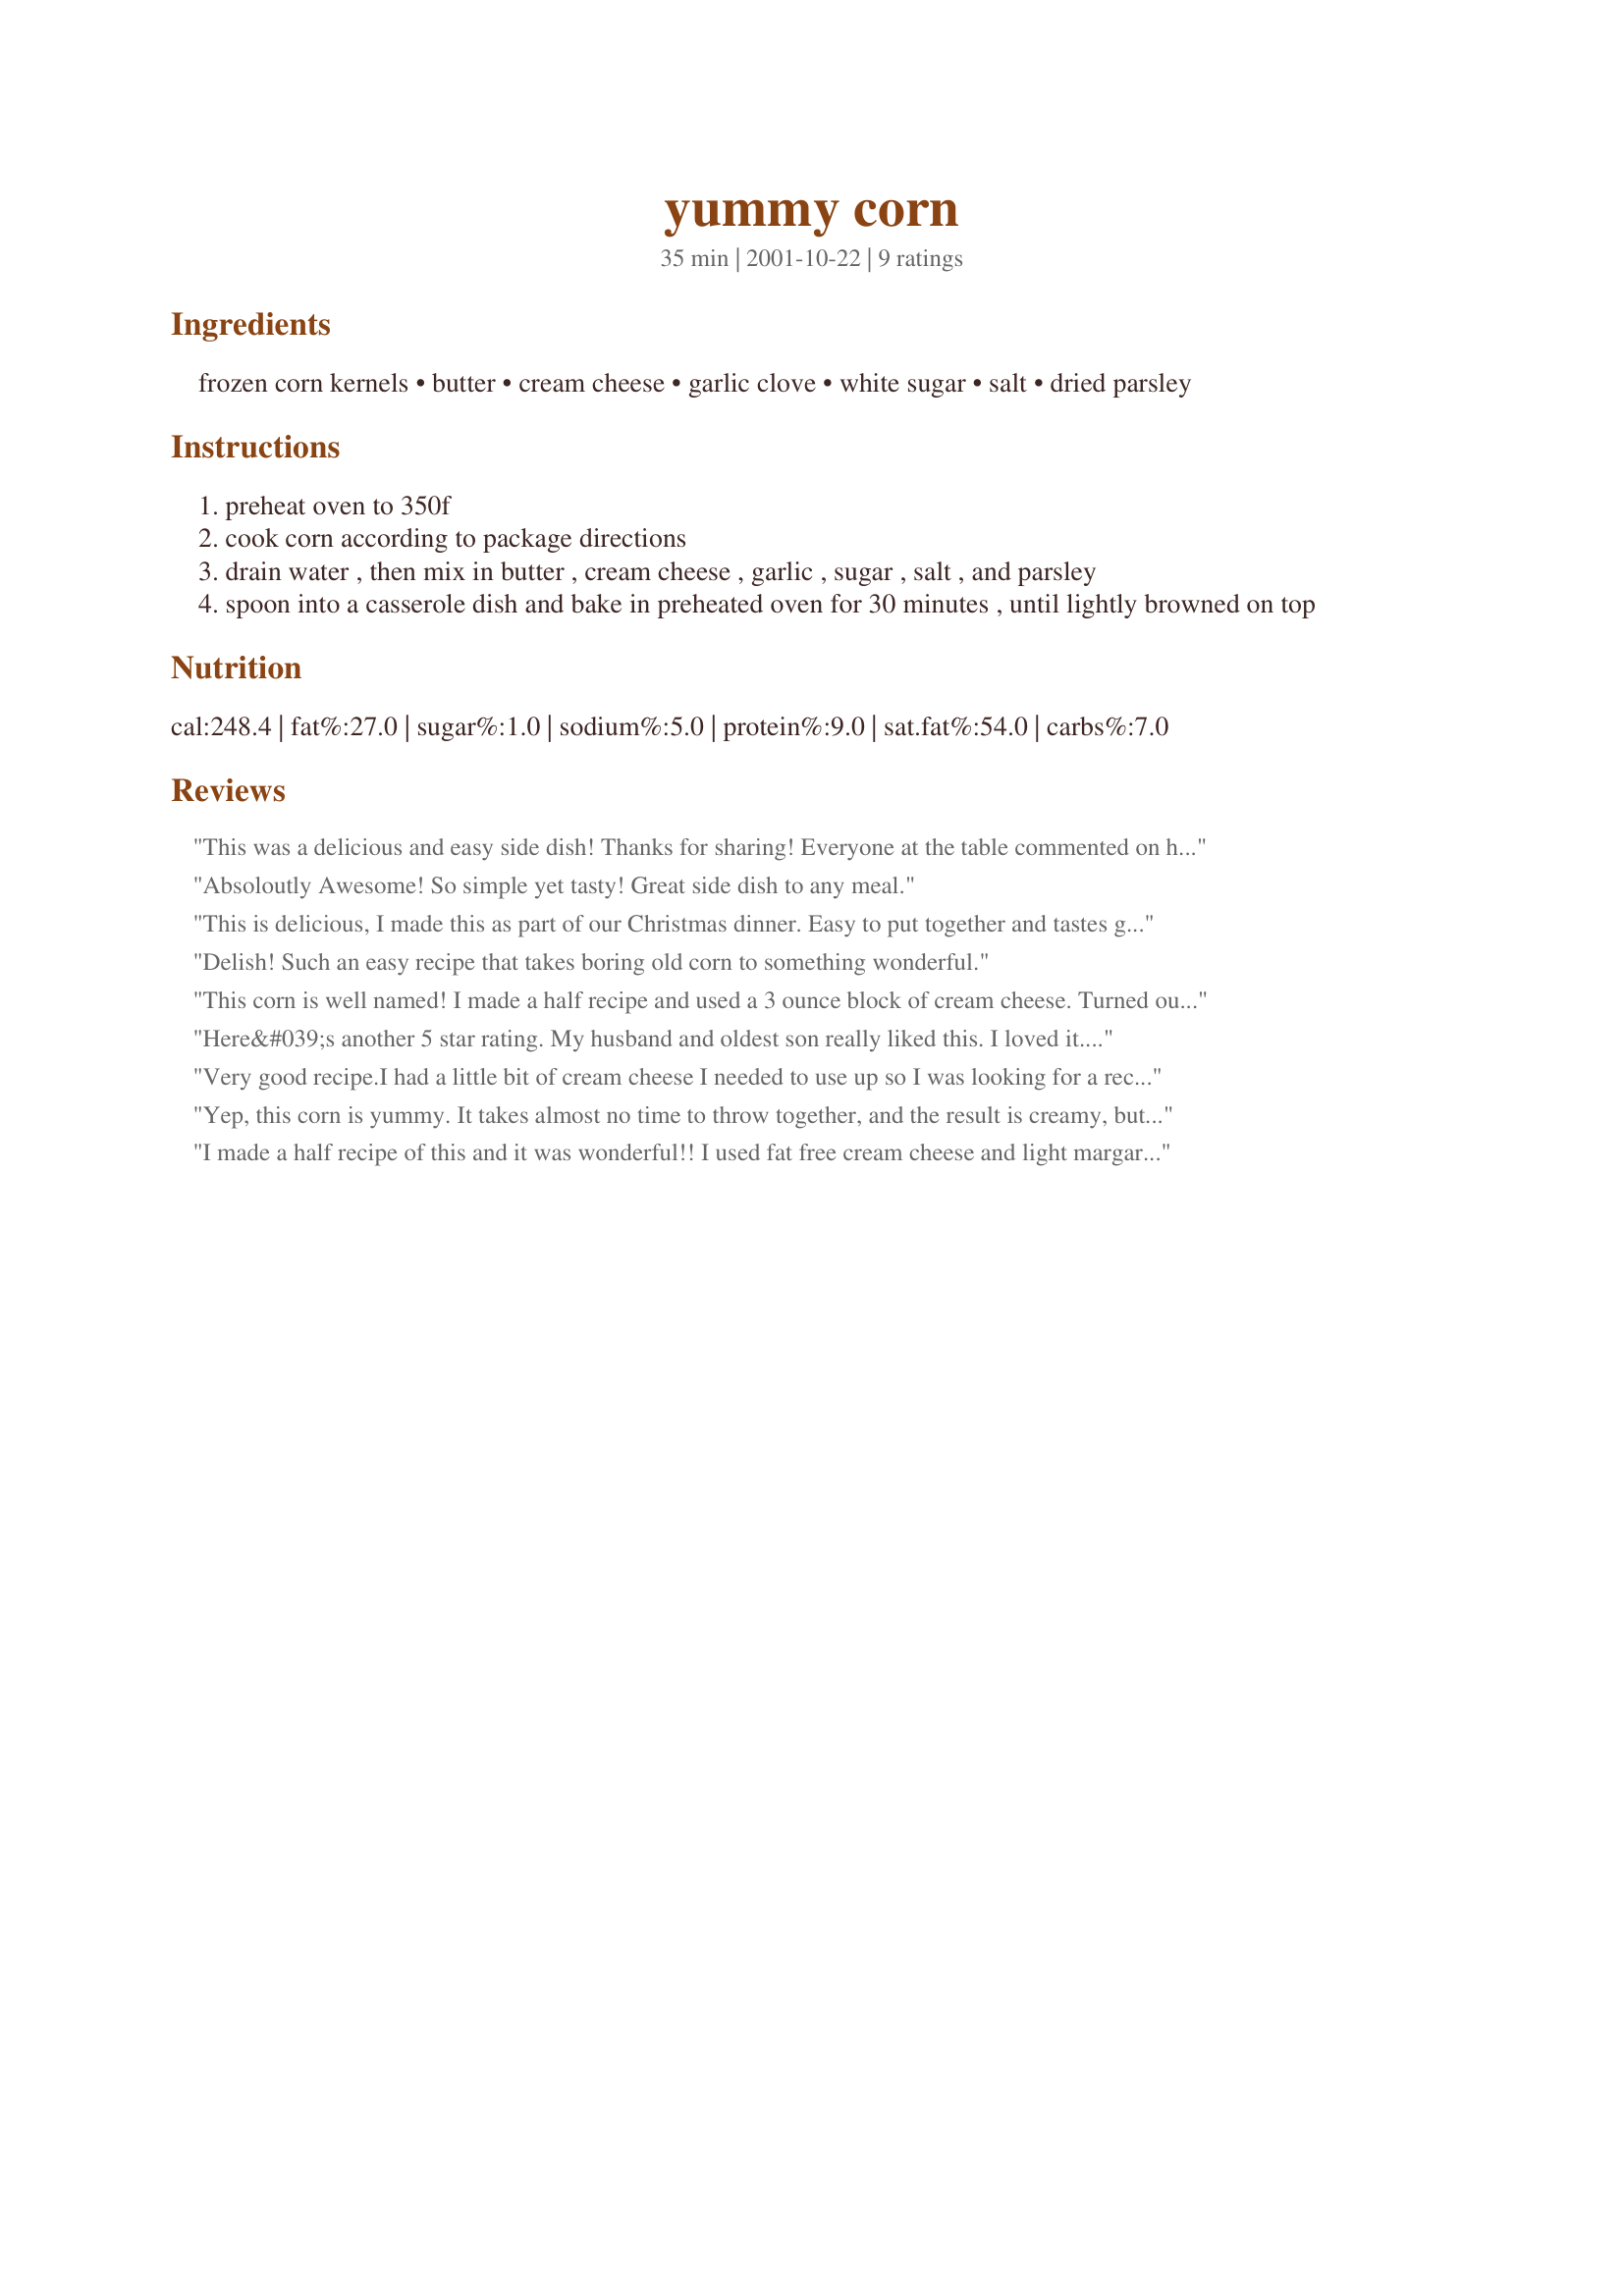
yummy corn
Preparation time: 35 minutes

Ingredients:
frozen corn kernels, butter, cream cheese, garlic clove, white sugar, salt, dried parsley

Steps:
preheat oven to 350f
cook corn according to package directions
drain water , then mix in butter , cream cheese , garlic , sugar , salt , and parsley
spoon into a casserole dish and bake in preheated oven for 30 minutes , until lightly browned on top

Reviews:
This was a delicious and easy side dish! Thanks for sharing! Everyone at the table commented on how yummy the corn was.
Absoloutly Awesome! So simple yet tasty! Great side dish to any meal.
This is delicious, I made this as part of our Christmas dinner. Easy to put together and tastes great. (I used lite cream cheese) a favourite for sure, thanks for sharing.
Delish! Such an easy recipe that takes boring old corn to something wonderful.
This corn is well named! I made a half recipe and used a 3 ounce block of cream cheese. Turned out great - good flavor and creamy texture.
Here&#039;s another 5 star rating. My husband and oldest son really liked this. I loved it. I will be making this again and again. I just wanted to add that I first reviewed this over 5 years ago and this dish has become a staple at Thanksgiving and Christmas....the kids always ask, &quot;Are we having Yummy Corn?&quot;
Very good recipe.I had a little bit of cream cheese I needed to use up so I was looking for a recipe, and boy did I find a good one. I cut this down to use 8 ounces corn. Turned out perfect. Thanks for the recipe!
Yep, this corn is yummy. It takes almost no time to throw together, and the result is creamy, buttery, and hard to stop eating. I used low fat cream cheese, but the recipe still tasted really rich. Thanks for sharing this recipe!
I made a half recipe of this and it was wonderful!! I used fat free cream cheese and light margarine and thought it was great. This is a perfect way to kick up the flavor from plain corn. Thanks LikeItLoveIt!!
